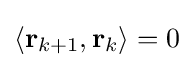
\langle \mathbf {r} _{k+1},\mathbf {r} _{k}\rangle =0